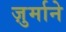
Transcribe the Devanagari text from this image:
ज़ुर्माने